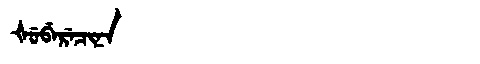
Manchu: ᡧᡠᠪᡝᡵᡝᠴᡳᠨᠠ
Romanization: ŠUBERECINA